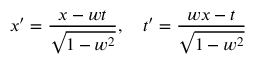
x ^ { \prime } = { \frac { x - w t } { \sqrt { 1 - w ^ { 2 } } } } , \quad t ^ { \prime } = { \frac { w x - t } { \sqrt { 1 - w ^ { 2 } } } }